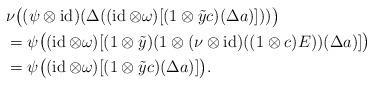
LaTeX: \begin{align*}&\nu\bigl((\psi\otimes\operatorname{id})(\Delta((\operatorname{id}\otimes\omega)[(1\otimes\tilde{y}c)(\Delta a)]))\bigr) \\&=\psi\bigl((\operatorname{id}\otimes\omega)[(1\otimes\tilde{y})(1\otimes(\nu\otimes\operatorname{id})((1\otimes c)E))(\Delta a)]\bigr) \\&=\psi\bigl((\operatorname{id}\otimes\omega)[(1\otimes\tilde{y}c)(\Delta a)]\bigr).\end{align*}